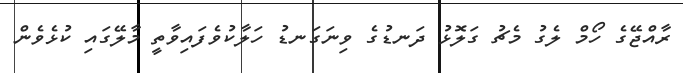
ރާއްޖޭގެ ހޯމް ލެގު މެޗު ގަލޮޅު ދަނޑުގެ ވިނަގަނޑު ހަލާކުވެފައިވާތީ މާލޭގައި ކުޅެވެން